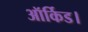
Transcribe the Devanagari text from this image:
ऑर्किड।